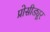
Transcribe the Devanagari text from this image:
प्रोसीड्यूर